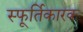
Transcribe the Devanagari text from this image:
स्फूर्तिकारक